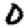
Digit: 0